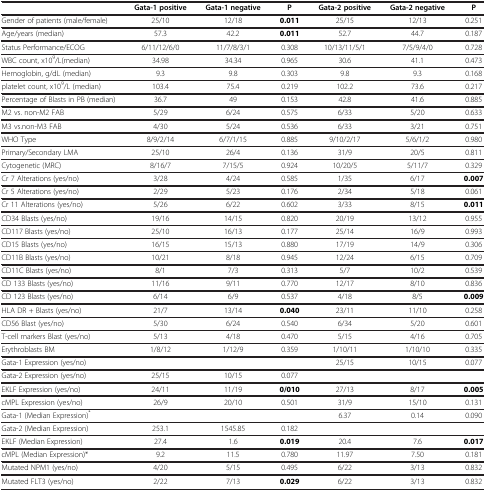
<table><thead><tr><td><b> </b></td><td><b>Gata-1 positive</b></td><td><b>Gata-1 negative</b></td><td><b>P</b></td><td><b>Gata-2 positive</b></td><td><b>Gata-2 negative</b></td><td><b>P</b></td></tr></thead><tbody><tr><td>Gender of patients (male/female)</td><td>25/10</td><td>12/18</td><td><b>0.011</b></td><td>25/15</td><td>12/13</td><td>0.251</td></tr><tr><td>Age/years (median)</td><td>57.3</td><td>42.2</td><td><b>0.011</b></td><td>52.7</td><td>44.7</td><td>0.187</td></tr><tr><td>Status Performance/ECOG</td><td>6/11/12/6/0</td><td>11/7/8/3/1</td><td>0.308</td><td>10/13/11/5/1</td><td>7/5/9/4/0</td><td>0.728</td></tr><tr><td>WBC count, x10<sup>9</sup>/L(median)</td><td>34.98</td><td>34.34</td><td>0.965</td><td>30.6</td><td>41.1</td><td>0.473</td></tr><tr><td>Hemoglobin, g/dL (median)</td><td>9.3</td><td>9.8</td><td>0.303</td><td>9.8</td><td>9.3</td><td>0.168</td></tr><tr><td>platelet count, x10<sup>9</sup>/L (median)</td><td>103.4</td><td>75.4</td><td>0.219</td><td>102.2</td><td>73.6</td><td>0.217</td></tr><tr><td>Percentage of Blasts in PB (median)</td><td>36.7</td><td>49</td><td>0.153</td><td>42.8</td><td>41.6</td><td>0.885</td></tr><tr><td>M2 vs. non-M2 FAB</td><td>5/29</td><td>6/24</td><td>0.575</td><td>6/33</td><td>5/20</td><td>0.633</td></tr><tr><td>M3 vs.non-M3 FAB</td><td>4/30</td><td>5/24</td><td>0.536</td><td>6/33</td><td>3/21</td><td>0.751</td></tr><tr><td>WHO Type</td><td>8/9/2/14</td><td>6/7/1/15</td><td>0.885</td><td>9/10/2/17</td><td>5/6/1/2</td><td>0.980</td></tr><tr><td>Primary/Secondary LMA</td><td>25/10</td><td>26/4</td><td>0.136</td><td>31/9</td><td>20/5</td><td>0.811</td></tr><tr><td>Cytogenetic (MRC)</td><td>8/16/7</td><td>7/15/5</td><td>0.924</td><td>10/20/5</td><td>5/11/7</td><td>0.329</td></tr><tr><td>Cr 7 Alterations (yes/no)</td><td>3/28</td><td>4/24</td><td>0.585</td><td>1/35</td><td>6/17</td><td><b>0.007</b></td></tr><tr><td>Cr 5 Alterations (yes/no)</td><td>2/29</td><td>5/23</td><td>0.176</td><td>2/34</td><td>5/18</td><td>0.061</td></tr><tr><td>Cr 11 Alterations (yes/no)</td><td>5/26</td><td>6/22</td><td>0.602</td><td>3/33</td><td>8/15</td><td><b>0.011</b></td></tr><tr><td>CD34 Blasts (yes/no)</td><td>19/16</td><td>14/15</td><td>0.820</td><td>20/19</td><td>13/12</td><td>0.955</td></tr><tr><td>CD117 Blasts (yes/no)</td><td>25/10</td><td>16/13</td><td>0.177</td><td>25/14</td><td>16/9</td><td>0.993</td></tr><tr><td>CD15 Blasts (yes/no)</td><td>16/15</td><td>15/13</td><td>0.880</td><td>17/19</td><td>14/9</td><td>0.306</td></tr><tr><td>CD11B Blasts (yes/no)</td><td>10/21</td><td>8/18</td><td>0.945</td><td>12/24</td><td>6/15</td><td>0.709</td></tr><tr><td>CD11C Blasts (yes/no)</td><td>8/1</td><td>7/3</td><td>0.313</td><td>5/7</td><td>10/2</td><td>0.539</td></tr><tr><td>CD 133 Blasts (yes/no)</td><td>11/16</td><td>9/11</td><td>0.770</td><td>12/17</td><td>8/10</td><td>0.836</td></tr><tr><td>CD 123 Blasts (yes/no)</td><td>6/14</td><td>6/9</td><td>0.537</td><td>4/18</td><td>8/5</td><td><b>0.009</b></td></tr><tr><td>HLA DR + Blasts (yes/no)</td><td>21/7</td><td>13/14</td><td><b>0.040</b></td><td>23/11</td><td>11/10</td><td>0.258</td></tr><tr><td>CD56 Blast (yes/no)</td><td>5/30</td><td>6/24</td><td>0.540</td><td>6/34</td><td>5/20</td><td>0.601</td></tr><tr><td>T-cell markers Blast (yes/no)</td><td>5/13</td><td>4/18</td><td>0.470</td><td>5/15</td><td>4/16</td><td>0.705</td></tr><tr><td>Erythroblasts BM</td><td>1/8/12</td><td>1/12/9</td><td>0.359</td><td>1/10/11</td><td>1/10/10</td><td>0.335</td></tr><tr><td>Gata-1 Expression (yes/no)</td><td> </td><td> </td><td> </td><td>25/15</td><td>10/15</td><td>0.077</td></tr><tr><td>Gata-2 Expression (yes/no)</td><td>25/15</td><td>10/15</td><td>0.077</td><td> </td><td> </td><td> </td></tr><tr><td>EKLF Expression (yes/no)</td><td>24/11</td><td>11/19</td><td><b>0/010</b></td><td>27/13</td><td>8/17</td><td><b>0.005</b></td></tr><tr><td>cMPL Expression (yes/no)</td><td>26/9</td><td>20/10</td><td>0.501</td><td>31/9</td><td>15/10</td><td>0.131</td></tr><tr><td>Gata-1 (Median Expression)<sup>*</sup></td><td> </td><td> </td><td> </td><td>6.37</td><td>0.14</td><td>0.090</td></tr><tr><td>Gata-2 (Median Expression)</td><td>253.1</td><td>1545.85</td><td>0.182</td><td> </td><td> </td><td> </td></tr><tr><td>EKLF (Median Expression)</td><td>27.4</td><td>1.6</td><td><b>0.019</b></td><td>20.4</td><td>7.6</td><td><b>0.017</b></td></tr><tr><td>cMPL (Median Expression)*</td><td>9.2</td><td>11.5</td><td>0.780</td><td>11.97</td><td>7.50</td><td>0.181</td></tr><tr><td>Mutated NPM1 (yes/no)</td><td>4/20</td><td>5/15</td><td>0.495</td><td>6/22</td><td>3/13</td><td>0.832</td></tr><tr><td>Mutated FLT3 (yes/no)</td><td>2/22</td><td>7/13</td><td><b>0.029</b></td><td>6/22</td><td>3/13</td><td>0.832</td></tr></tbody></table>